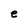
Character: e